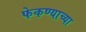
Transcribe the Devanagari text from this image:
फेकण्याच्या